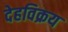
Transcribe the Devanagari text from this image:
देहविक्रय